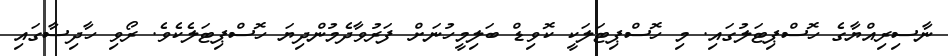
ނާސިރިއްޔާގެ ހޮސްޕިޓަލުގައި. މި ހޮސްޕިޓަލަކީ ކޮވިޑް ބަލިމީހުނަށް ފަރުވާދެމުންދިޔަ ހޮސްޕިޓަލެކެވެ. ރޯވި ހާދިސާގައި